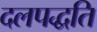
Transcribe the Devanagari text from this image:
दलपद्धति